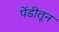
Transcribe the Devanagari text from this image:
पेंडीतून